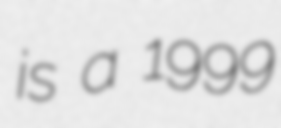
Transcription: is a 1999